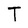
Character: T